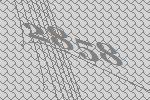
2858